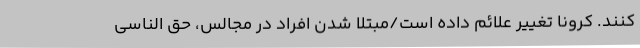
کنند. کرونا تغییر علائم داده است/مبتلا شدن افراد در مجالس، حق الناسی